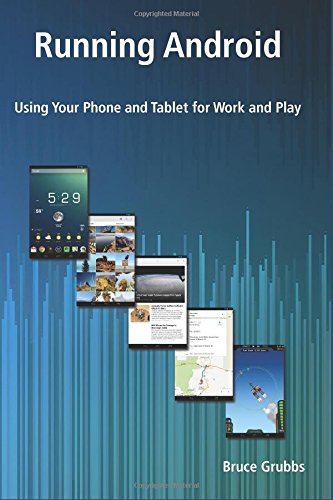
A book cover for Running Android: Using Your Phone and Tablet for Work and Play; Bruce Grubbs; Computers & Technology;